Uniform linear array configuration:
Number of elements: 12
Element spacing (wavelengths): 0.25
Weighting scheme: uniform
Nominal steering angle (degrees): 0
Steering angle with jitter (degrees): -1.689
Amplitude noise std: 0.05
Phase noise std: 0.05

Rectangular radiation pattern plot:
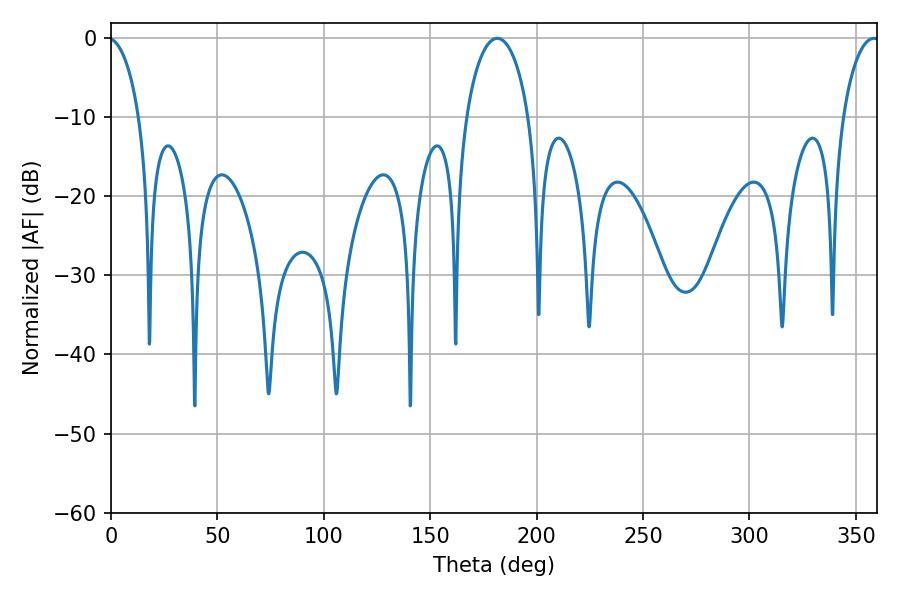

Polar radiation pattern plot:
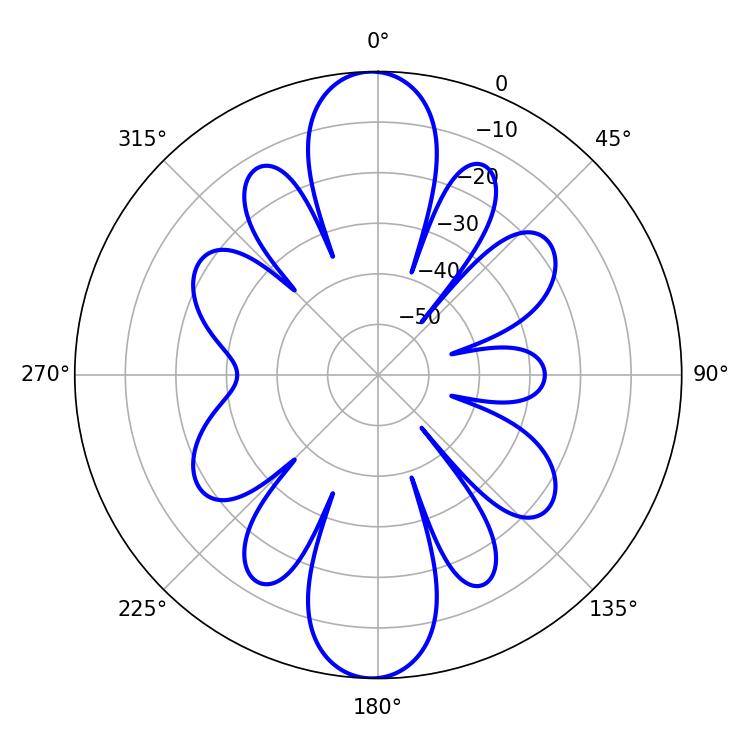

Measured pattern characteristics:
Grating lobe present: FALSE
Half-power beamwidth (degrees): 16.92
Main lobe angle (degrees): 181.44